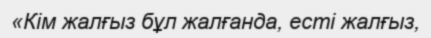
«Кім жалғыз бұл жалғанда, есті жалғыз,